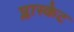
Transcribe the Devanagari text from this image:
प्लास्केट